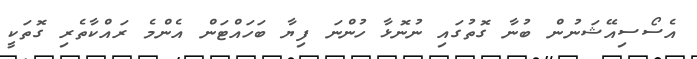
އެސޯސިއޭޝަނުން ބުނާ ގޮތުގައި ނުނޮޅާ ހުންނަ ފިޔާ ބަހައްޓަން އެންމެ ރައްކާތެރި ގޮތަކީ